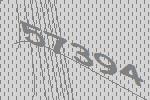
57394